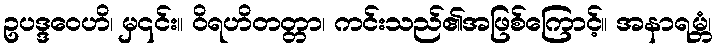
ဥပဒ္ဒဝေဟိ၊ မှ၎င်း။ ဝိရဟိတတ္တာ၊ ကင်းသည်၏အဖြစ်ကြောင့်။ အနာရမ္ဘံ၊